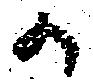
か